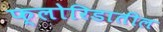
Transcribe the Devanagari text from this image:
फ्लोरिडातील